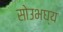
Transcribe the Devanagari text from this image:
सोउभघ्य